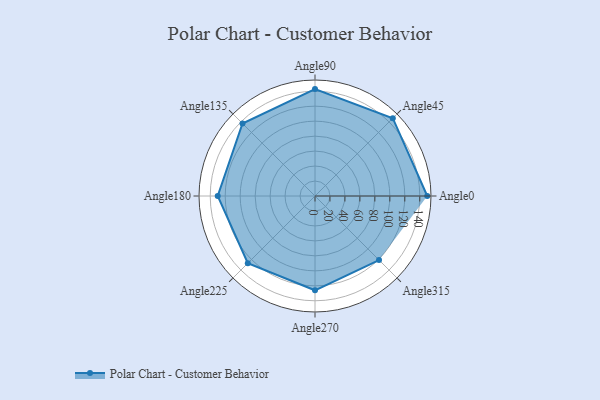
{"axis": {"x": "Angle", "y": "Radius"}, "legend": [""], "data": [{"x": "Angle0", "y": 150.0, "type": ""}, {"x": "Angle45", "y": 147.0, "type": ""}, {"x": "Angle90", "y": 143.0, "type": ""}, {"x": "Angle135", "y": 137.0, "type": ""}, {"x": "Angle180", "y": 130.0, "type": ""}, {"x": "Angle225", "y": 127.0, "type": ""}, {"x": "Angle270", "y": 126.0, "type": ""}, {"x": "Angle315", "y": 121.0, "type": ""}]}